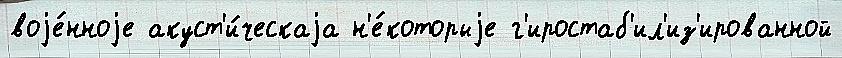
воjе́нноjе акуст'и́ческаjа н'е́которыjе г'иростаб'ил'из'ированной